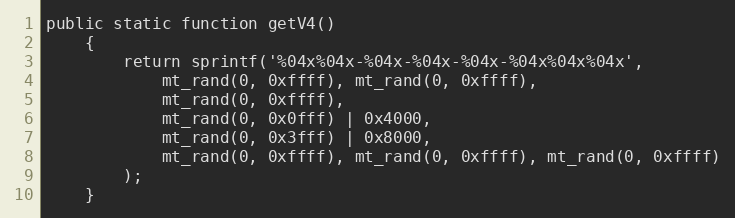
Language: PHP
public static function getV4()
    {
        return sprintf('%04x%04x-%04x-%04x-%04x-%04x%04x%04x',
            mt_rand(0, 0xffff), mt_rand(0, 0xffff),
            mt_rand(0, 0xffff),
            mt_rand(0, 0x0fff) | 0x4000,
            mt_rand(0, 0x3fff) | 0x8000,
            mt_rand(0, 0xffff), mt_rand(0, 0xffff), mt_rand(0, 0xffff)
        );
    }